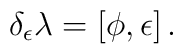
\delta_{\epsilon} \lambda = [\phi, \epsilon]\,.